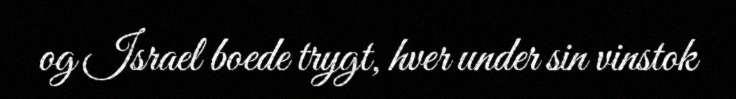
og Israel boede trygt, hver under sin vinstok